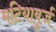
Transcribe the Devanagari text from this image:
मटियाबुर्ज